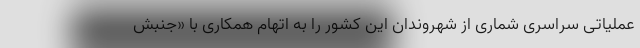
عملیاتی سراسری شماری از شهروندان این کشور را به اتهام همکاری با «جنبش